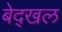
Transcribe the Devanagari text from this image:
बेद्खल